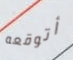
أتوقعه